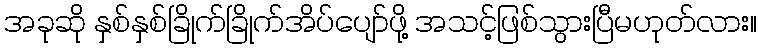
အခုဆို နှစ်နှစ်ခြိုက်ခြိုက်အိပ်ပျော်ဖို့ အသင့်ဖြစ်သွားပြီမဟုတ်လား။